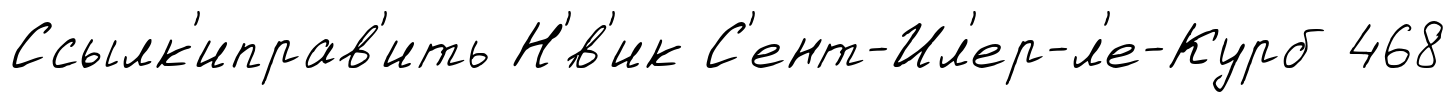
Ссылк'иправ'ить Н'́в'ик С'ент-Ил'ер-л'е-Курб 468